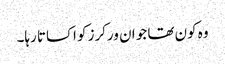
وہ کون تھا جو ان ورکرز کو اکساتا رہا۔